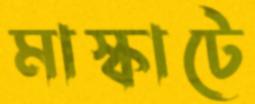
মাস্কাটে